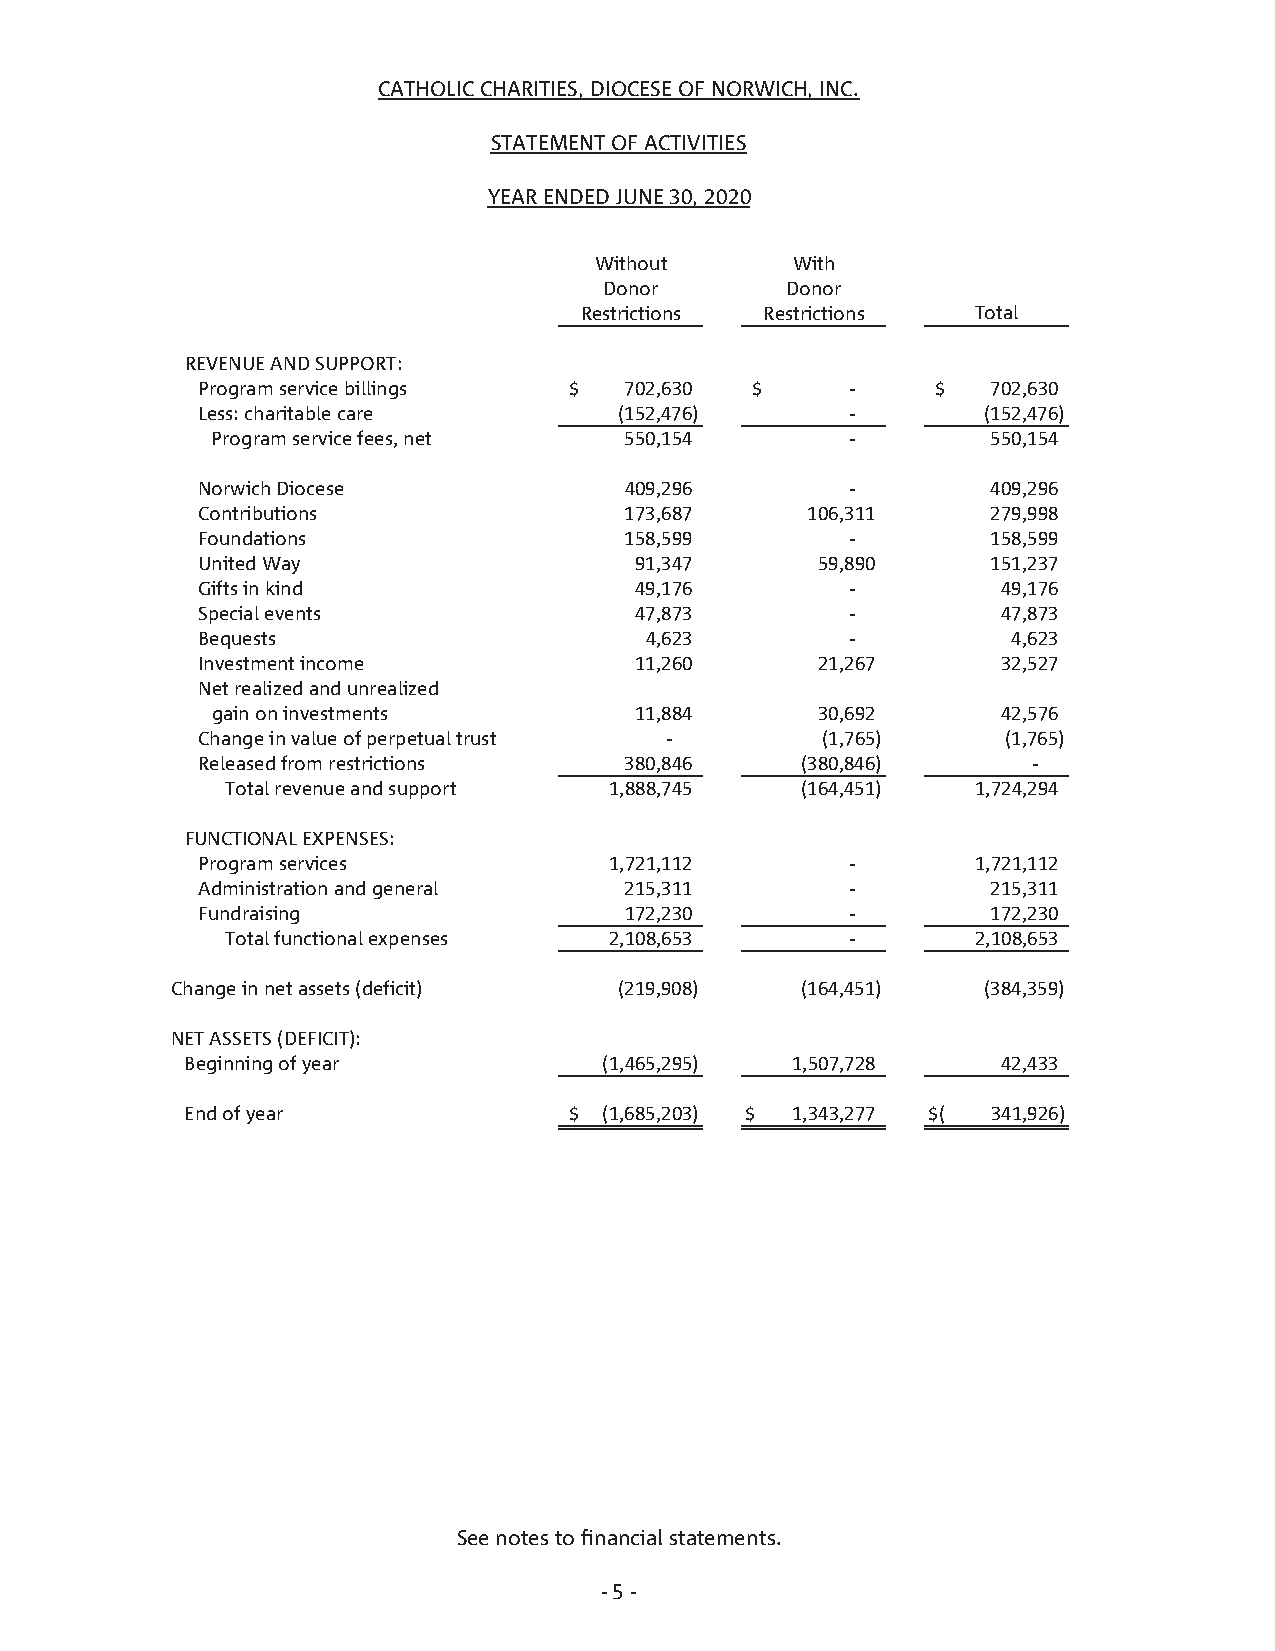
CATHOLIC CHARITIES, DIOCESE OF NORWICH, INC.
 STATEMENT OF ACTIVITIES
 YEAR ENDED JUNE 30, 2020
 Without       With
 Donor       Donor
 Restrictions Restrictions  Total
 REVENUE AND SUPPORT:
 Program service billings $  702,630  $     -     $   702,630
 Less: charitable care       (152,476)      -        (152,476)
 Program service fees, net  550,154        -         550,154
 Norwich Diocese             409,296        -         409,296
 Contributions               173,687     106,311      279,998
 Foundations                 158,599        -         158,599
 United Way                   91,347      59,890      151,237
 Gifts in kind                49,176        -         49,176
 Special events               47,873        -         47,873
 Bequests                      4,623        -          4,623
 Investment income            11,260      21,267      32,527
 Net realized and unrealized
 gain on investments         11,884      30,692      42,576
 Change in value of perpetual trust -     ( 1,765)     (1,765)
 Released from restrictions  380,846     (380,846)      -
 Total revenue and support 1,888,745   (164,451)   1 ,724,294
 FUNCTIONAL EXPENSES:
 Program services           1,721,112       -        1 ,721,112
 Administration and general  215,311        -         215,311
 Fundraising                 172,230        -         172,230
 Total functional expenses 2 ,108,653     -        2 ,108,653
 Change in net assets (deficit) (219,908)  (164,451)   (384,359)
 NET ASSETS (DEFICIT):
 Beginning of year           (1,465,295) 1 ,507,728    42,433
 End of year               $ (1,685,203) $ 1,343,277 $( 341,926)
 See notes to financial statements.
 - 5 -